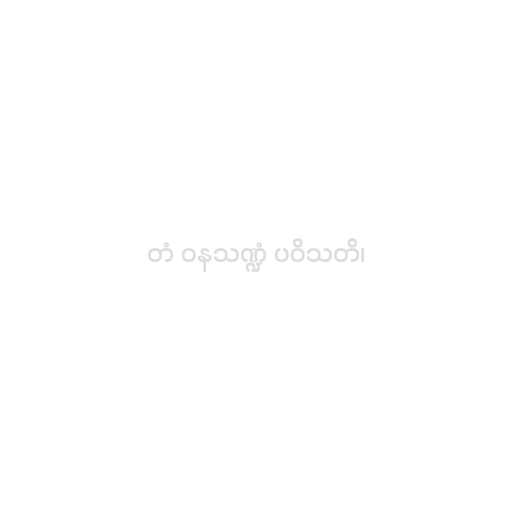
တံ ဝနသဏ္ဍံ ပဝိသတိ၊